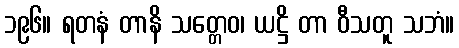
၁၉၆။ ရတနံ တာနိ သတ္တေဝ၊ ယဋ္ဌိ တာ ဝီသတူ သဘံ။